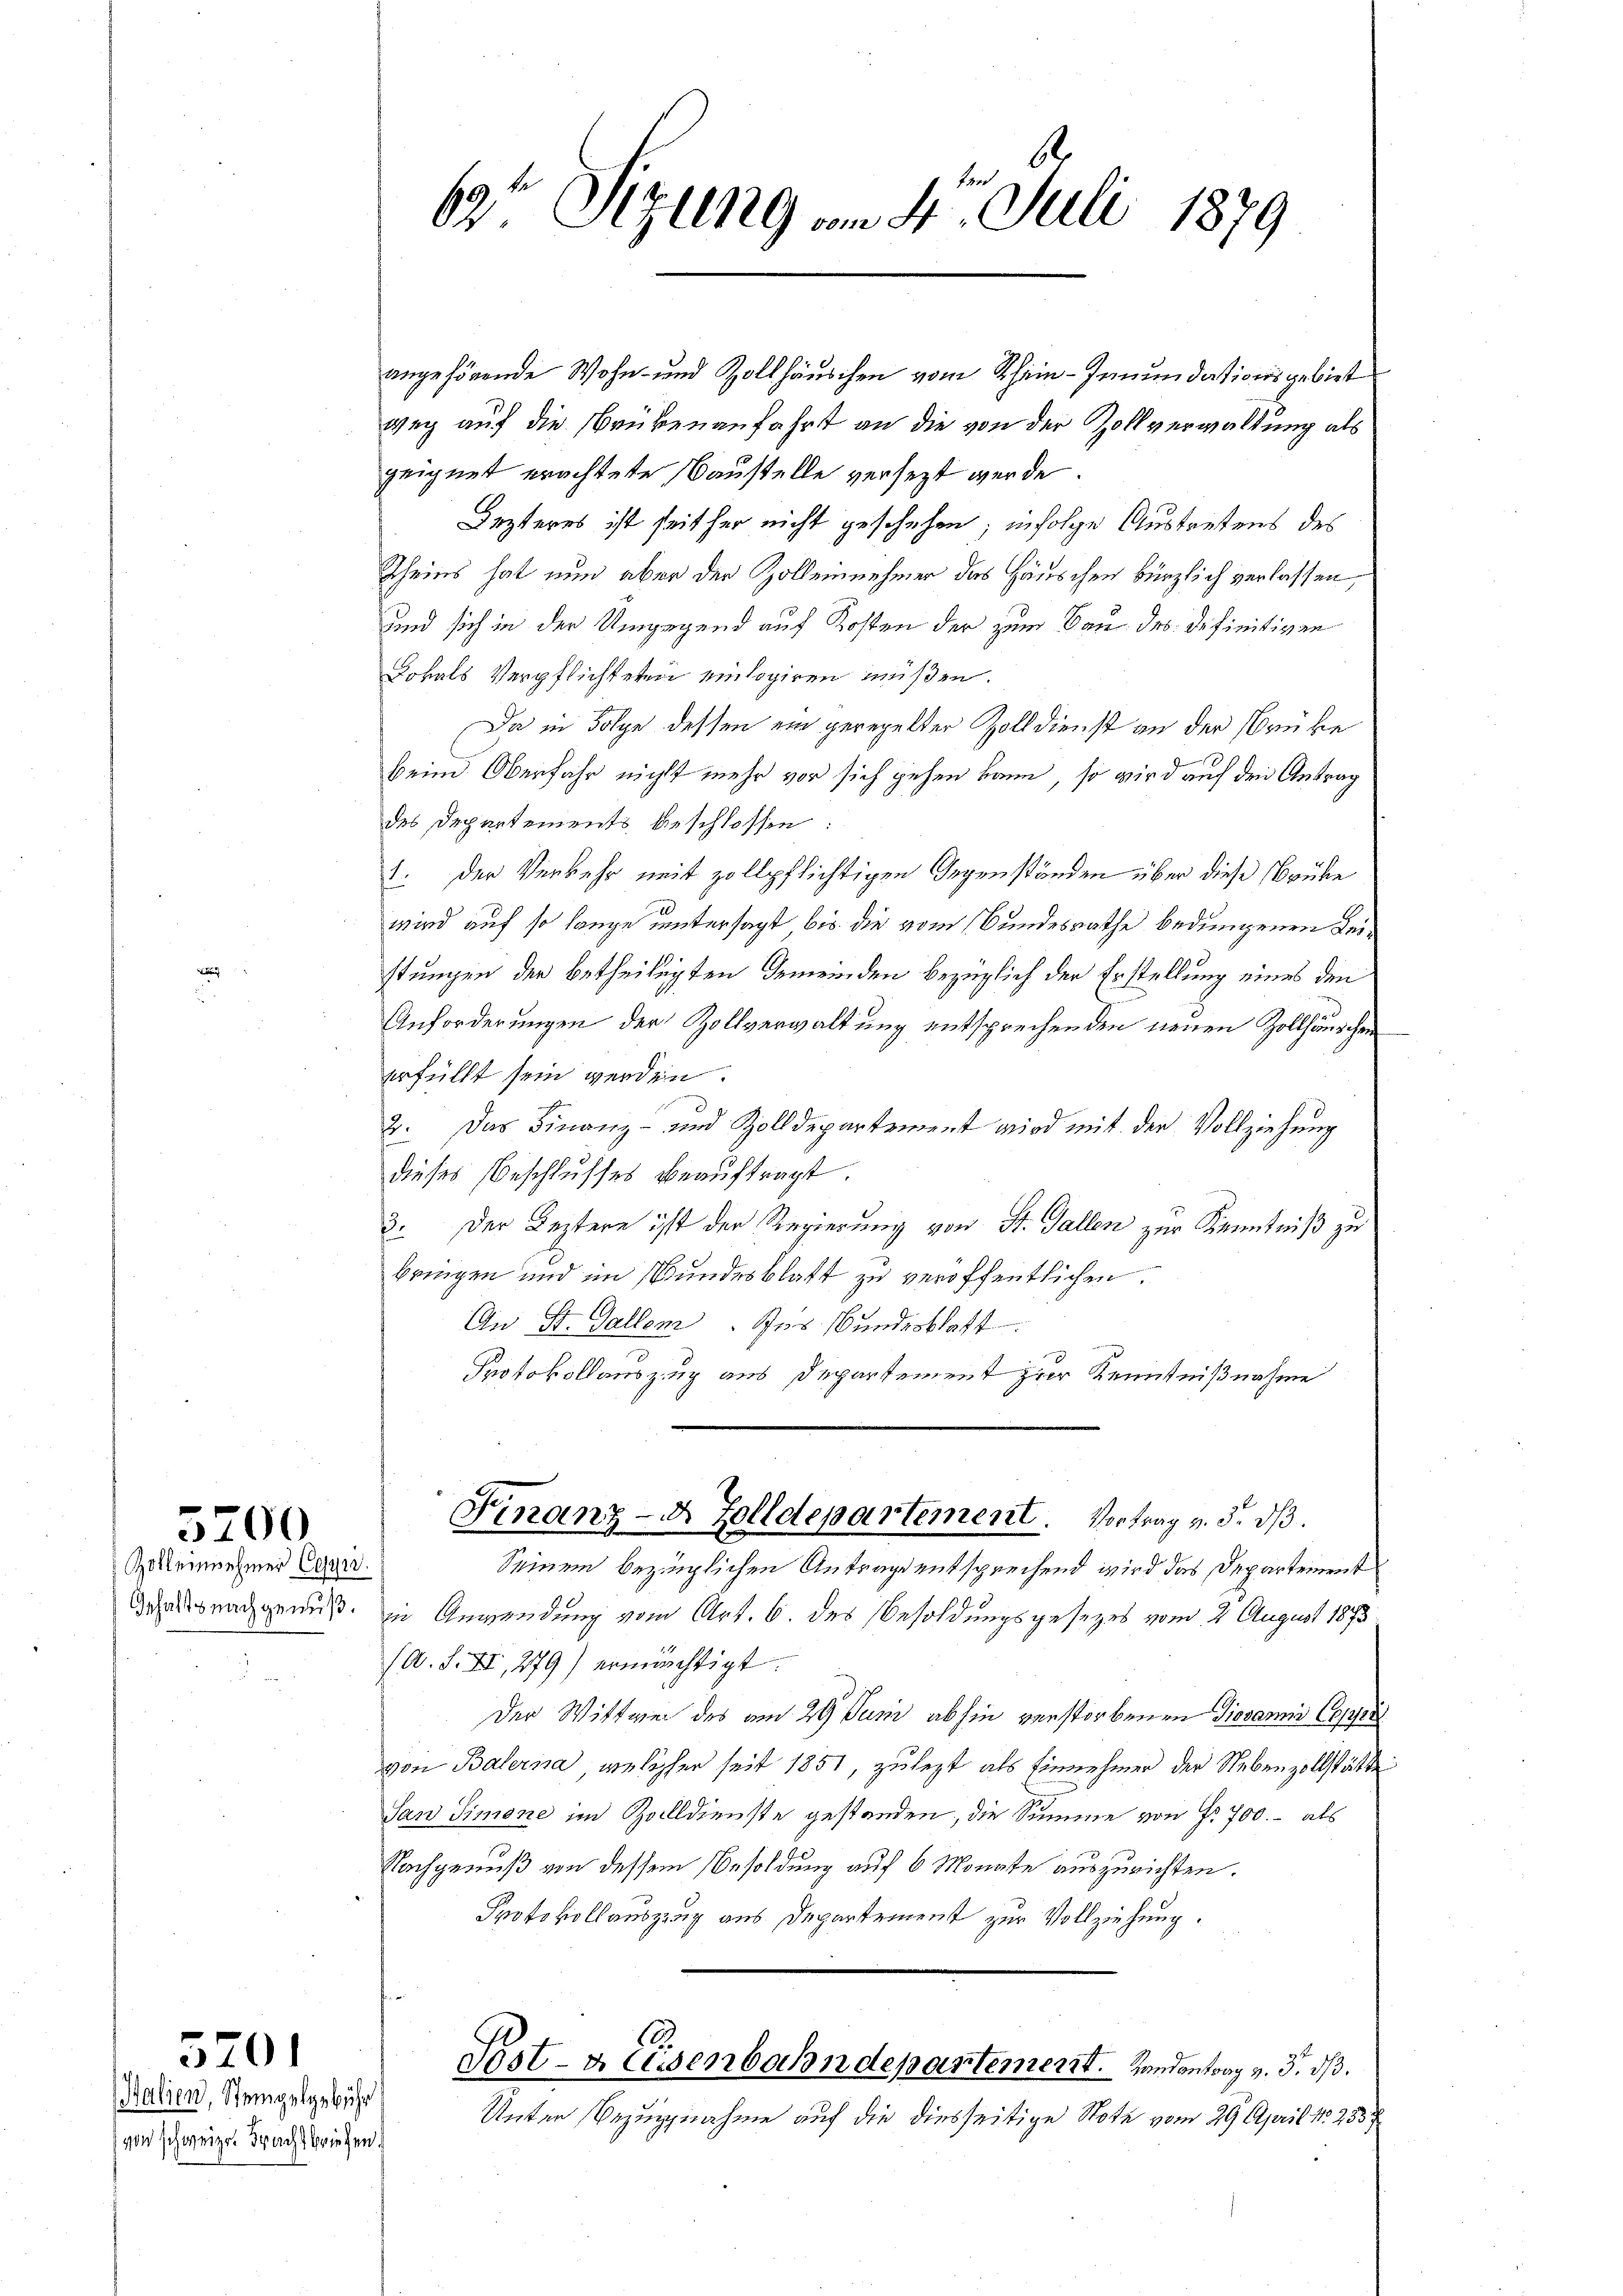
5200

Zolleinnehmer Ceyn.
Gehalts nachgenuß.

5201

Halien, Stempelgebühr
von schweizer Frachtbriefen.

angehörende Wohn- und Zollhäuschen vom Schein-Irnundationsgebiet
weg auf die Brükenanfahrt an die von der Zollverwaltung als
geignet erachtete Baustelle versezt werde
Lezteres ist seither nicht geschehen, infolge Austretens des
Rheins hat nun aber der Zolleinnehmer das Häuschen bürzlich verlassen,
und sich in der Umgegend auf Kosten der zum Bau des Definitiven
Lokals Verpflichteten einlogiren müßen.
Da in Folge dessen ein geregelter Zolldienst an der Brüke
beim Oberfahr nicht mehr vor sich gehen kann, so wird auf den Antrag
des Departements beschlossen
1. Der Verkehr mit zollpflichtigen Gegenständen über diese Brüke
wird auf so lange untersagt bis die vom Bundesrathe bedungenen Leistungen der betheiligten Gemeinden bezüglich der Erstellung eines den
Anforderungen der Zollverwaltung entsprechenden neuen Zollhäuschen
erfüllt sein werden.
2. Das Finanz- und Zolldepartement wird mit der Vollziehung
dieses Beschlusses beaŭftragt.
3. Der Leztere ist der Regierung von St. Gallen zur Kenntniß zu
bringen und im Bundesblatt zu veröffentlichen.
An St. Gallem. Jos. Bundesblatt
Protokollauszug aus Departement zur Kenntnißnahme
Finanz-A. Zolldepartement. Vortrag v. 3. dβ.
Seinem bezüglichen Antrage entsprechend wird das Departement
in Anwendung vom Art. 6. des Besoldungsgesezes vom 2. August 1873
/A. S. XI, 279) ermächtigt.
Der Wittwe des am 29 Juni abhin verstorbenen Giovani Coppr
von Balerna, welcher seit 1851, zulezt als Einnehmer der Nebenzollstätte
San Simone im Zolldienste gestanden, die Summe von Fr. 700.- als
Nachgenuß von dessem Besoldung auf 6 Monate auszurichten.
Protokollauszzug aus Departement zur Vollziehung.
12.
Post-Aussenbahndepartement. Handantrag v. 3. ds.
Unter Bezugnahme auf die diesseitige Note vom 29. April 182357

69 Sizung am 4. Juli 1879